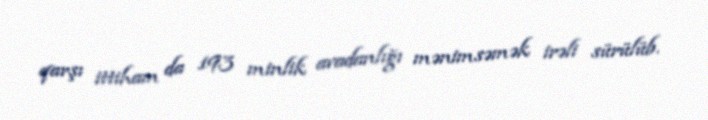
qarşı ittiham da 193 minlik avadanlığı mənimsəmək irəli sürülüb.